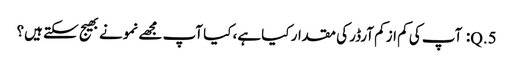
5.Q: آپ کی کم از کم آرڈر کی مقدار کیا ہے، کیا آپ مجھے نمونے بھیج سکتے ہیں؟